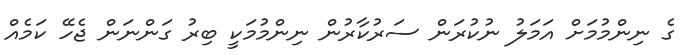
ގެ ނިންމުމަށް އަމަލު ނުކުރަން ސަރުކާރުން ނިންމުމަކީ ބިރު ގަންނަން ޖެހޭ ކަމެއް